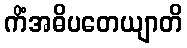
ကိံအဓိပတေယျာတိ